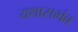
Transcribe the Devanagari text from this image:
यथासभंव